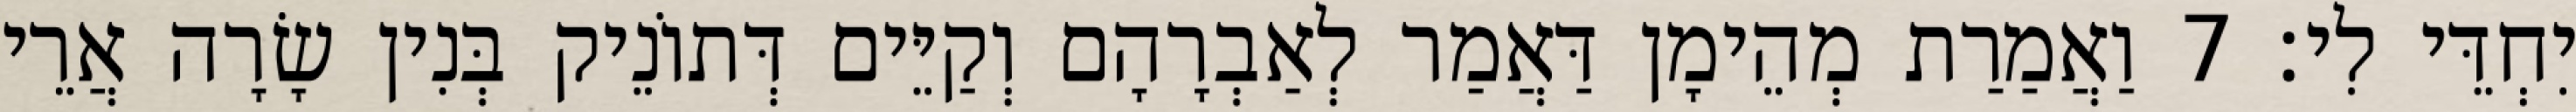
יִחְדֵּי לִי׃ 7 וַאֲמַרַת מְהֵימָן דַּאֲמַר לְאַבְרָהָם וְקַיֵּים דְּתוֹנֵיק בְּנִין שָׂרָה אֲרֵי